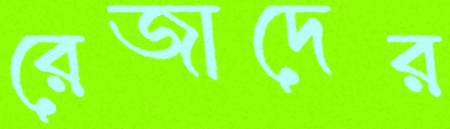
রেজাদের